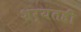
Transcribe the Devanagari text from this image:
शर्यतही